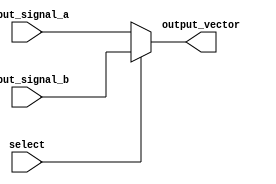
module vector_continuous_assignment(
    input wire [7:0] input_signal_a,      // 8-bit input signal A
    input wire [7:0] input_signal_b,      // 8-bit input signal B
    input wire select,                     // Select signal to choose between A and B
    output wire [7:0] output_vector       // 8-bit output vector
);

// Continuous assignment using the assign statement
assign output_vector = (select) ? input_signal_b : input_signal_a;

endmodule